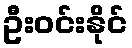
ဦးဝင်းနိုင်